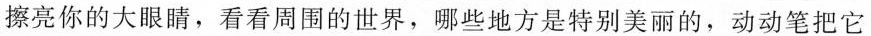
擦亮你的大眼睛，看看周围的世界，哪些地方是特别美丽的，动动笔把它